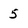
Character: 5